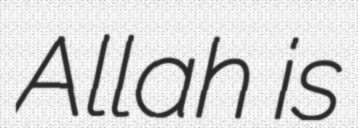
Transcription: Allah is